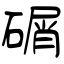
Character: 碿